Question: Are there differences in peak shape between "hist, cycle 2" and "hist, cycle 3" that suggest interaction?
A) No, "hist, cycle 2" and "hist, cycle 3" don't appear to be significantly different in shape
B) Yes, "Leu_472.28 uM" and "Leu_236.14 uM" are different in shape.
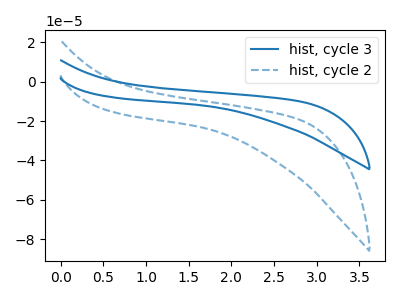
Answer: <think>The blue curve "hist, cycle 3" has no peaks. The blue dashed curve "hist, cycle 2" has no peaks.
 Neither "hist, cycle 2" or "hist, cycle 3" have any peaks.</think>
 <answer>A) No, "hist, cycle 2" and "hist, cycle 3" don't appear to be significantly different in shape</answer>
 <eval>A</eval>